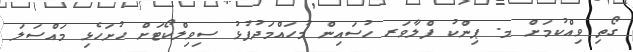
ގޯތި ވިއްކުމަށް މ. ޕިންކު ފްލާވަރ ހުސައިން މުހައްމަދުފުޅު ސިވިލްކޯޓަށް ހުށަހެޅި މައްސަލަ